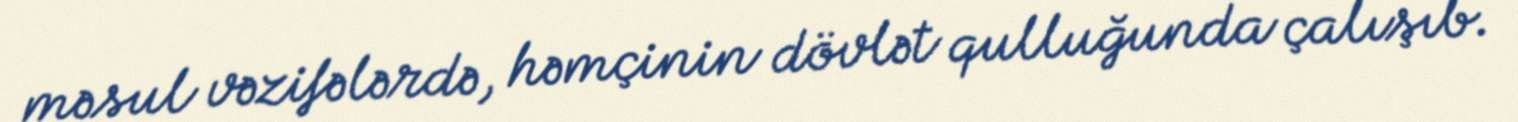
məsul vəzifələrdə, həmçinin dövlət qulluğunda çalışıb.